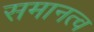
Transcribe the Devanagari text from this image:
समानत्व